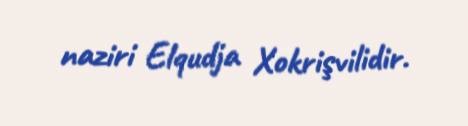
naziri Elqudja Xokrişvilidir.